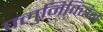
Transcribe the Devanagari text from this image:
फ्लुनिक्सिन